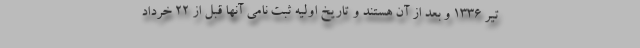
تیر ۱۳۳۶ و بعد از آن هستند و تاریخ اولیه ثبت نامی آنها قبل از ۲۲ خرداد